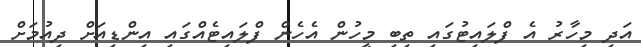
އަދި މިހާރު އެ ފްލައިޓުގައި ތިބި މީހުން އެހެން ފްލައިޓެއްގައި އިންޑިއަށް ދިއުމަށް